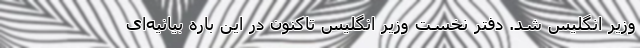
وزیر انگلیس شد. دفتر نخست وزیر انگلیس تاکنون در این باره بیانیه‌ای